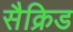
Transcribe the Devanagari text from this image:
सैक्रिड